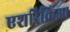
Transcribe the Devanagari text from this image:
एशरिकिआ